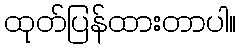
ထုတ်ပြန်ထားတာပါ။